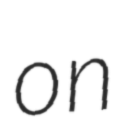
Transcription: on